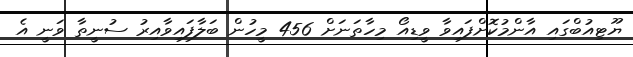
ޔޫޓިއުބްގައި އާންމުކޮށްފައިވާ ވީޑިއޯ މިހާތަނަށް 456 މީހުން ބަލާފައިވާއިރު ސުނީތާ ވަނީ އެ